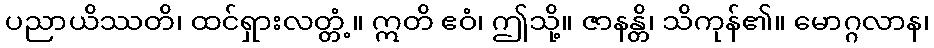
ပညာယိဿတိ၊ ထင်ရှားလတ္တံ့။ ဣတိ ဧဝံ၊ ဤသို့။ ဇာနန္တိ၊ သိကုန်၏။ မောဂ္ဂလာန၊